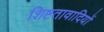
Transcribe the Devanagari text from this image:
शिष्टतावादियों